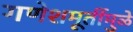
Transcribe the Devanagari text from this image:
गणेशमूर्तीमुळे